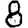
Digit: 8